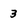
Character: 3